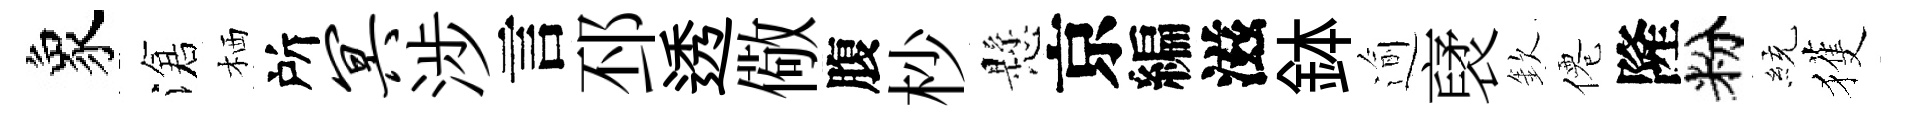
象滄栖所冥涉言邳透儆腹杪懸京編滋鉢逾裦欽僊隆粉統獲